Leaving Certificate Examination (including Day School Certificate (Higher) General paper), 1928
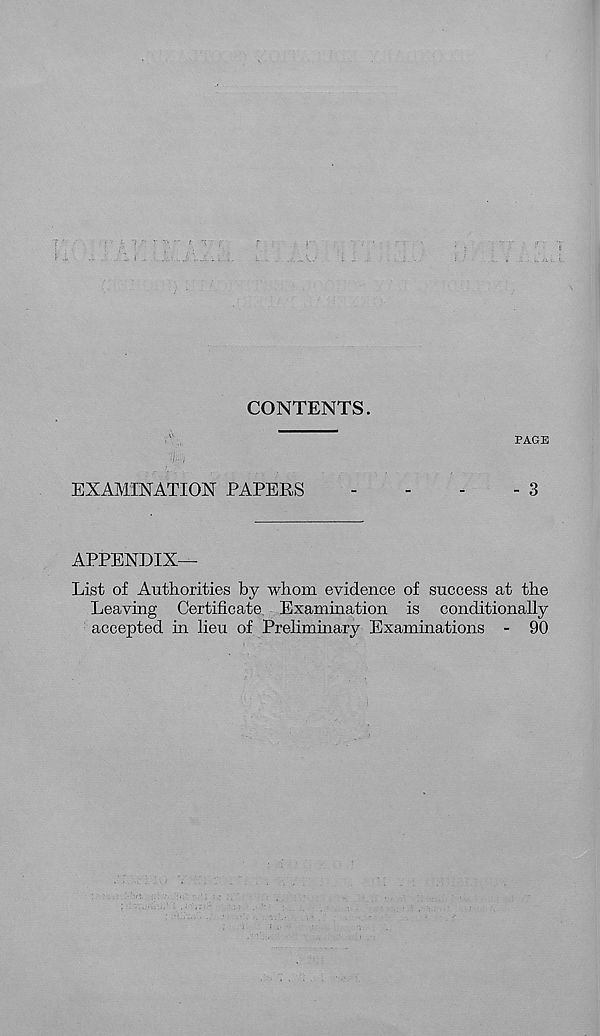
CONTENTS.
PAGE
EXAMINATION PAPERS
-
-
-
- 3
APPENDIX—
List of Authorities by whom evidence of success at the
Leaving Certificate Examination is conditionally
accepted in lieu of Preliminary Examinations - 90